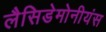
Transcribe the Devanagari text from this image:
लैसिडेमोनीयंस